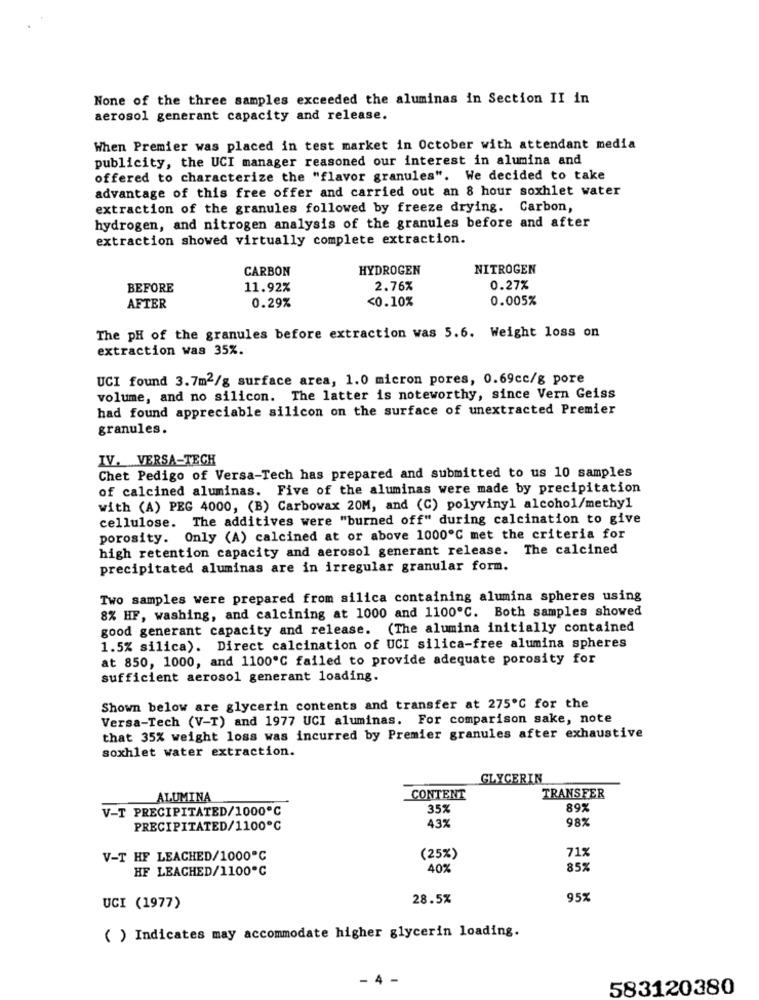
None of the three samples exceeded the aluminas in Section II in
aerosol generant capacity and release.
When Premier was placed in test market in October with attendant media
publicity, the UCI manager reasoned our interest in alumina and
offered to characterize the "flavor granules". We decided to take
advantage of this free offer and carried out an 8 hour soxhlet water
extraction of the granules followed by freeze drying. Carbon,
hydrogen, and nitrogen analysis of the granules before and after
extraction showed virtually complete extraction.
CARBON
HYDROGEN
NITROGEN
BEFORE
11.92%
2.76%
0.27%
0.29%
<0.10%
0.005%
AFTER
The pH of the granules before extraction was 5.6. Weight loss on
extraction was 35%.
UCI found 3.7m2/g surface area, 1.0 micron pores, 0.69cc/g pore
volume, and no silicon. The latter is noteworthy, since Vern Geiss
had found appreciable silicon on the surface of unextracted Premier
granules.
IV. VERSA-TECH
Chet Pedigo of Versa-Tech has prepared and submitted to us 10 samples
of calcined aluminas. Five of the aluminas were made by precipitation
with (A) PEG 4000, (B) Carbowax 20M, and (C) polyvinyl alcohol/methyl
cellulose. The additives were "burned off" during calcination to give
porosity. Only (A) calcined at or above 1000℃ met the criteria for
high retention capacity and aerosol generant release. The calcined
precipitated aluminas are in irregular granular form.
Two samples were prepared from silica containing alumina spheres using
8% HF, washing, and calcining at 1000 and 1100℃. Both samples showed
good generant capacity and release. (The alumina initially contained
1.5% silica). Direct calcination of UCI silica-free alumina spheres
at 850, 1000, and 1100º℃ failed to provide adequate porosity for
sufficient aerosol generant loading.
Shown below are glycerin contents and transfer at 275℃ for the
Versa-Tech (V-T) and 1977 UCI aluminas. For comparison sake, note
that 35% weight loss was incurred by Premier granules after exhaustive
soxhlet water extraction.
GLYCERIN
ALUMINA
CONTENT
TRANSFER
V-T PRECIPITATED/1000℃
35%
89%
98%
PRECIPITATED/1100℃
432
71%
V-T HF LEACHED/1000℃
(25%)
HF LEACHED/1100℃
40%
85%
28.5%
95%
UCI (1977)
( ) Indicates may accommodate higher glycerin loading.
- 4 -
583120380